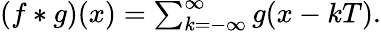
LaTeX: \begin{array}{r}{(f*g)(x)=\sum_{k=-\infty}^{\infty}g(x-kT).}\end{array}